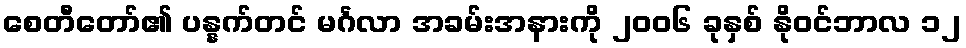
စေတီတော်၏ ပန္နက်တင် မင်္ဂလာ အခမ်းအနားကို ၂၀၀၆ ခုနှစ် နိုဝင်ဘာလ ၁၂